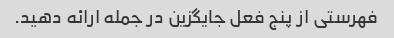
فهرستی از پنج فعل جایگزین در جمله ارائه دهید.